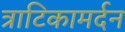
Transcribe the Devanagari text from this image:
त्राटिकामर्दन